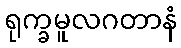
ရုက္ခမူလဂတာနံ